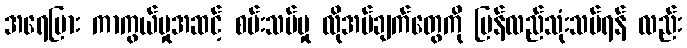
အရေပြား ကာကွယ်မှုအဆင့် စမ်းသပ်မှု လိုအပ်ချက်တွေကို ပြန်လည်သုံးသပ်ရန် လည်း